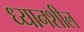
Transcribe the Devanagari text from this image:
ध्यानशील